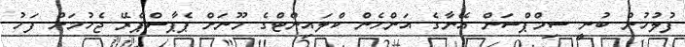
ފުލުހުން ބުނީ ސިމްޕްސަން އޭނާގެ އަންހެން ކްލައިންޓްގެ މޫނަށް ޕެޕާސްޕްރޭ ޖެހުމަށް ފަހު